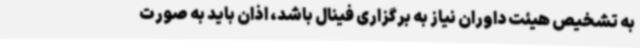
به تشخیص هیئت داوران نیاز به برگزاری فینال باشد، اذان باید به صورت